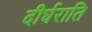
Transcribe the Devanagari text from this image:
दीर्घराति